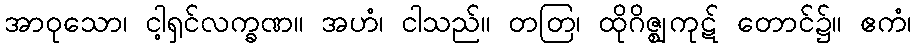
အာဝုသော၊ ငါ့ရှင်လက္ခဏ။ အဟံ၊ ငါသည်။ တတြ၊ ထိုဂိဇ္ဈကုဋ် တောင်၌။ ဧကံ၊